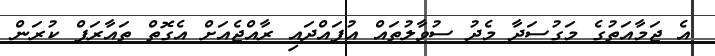
އެ ޖަމާއަތުގެ މަގުސަދާ މެދު ސުވާލުތައް އުފައްދައި ރާއްޖެއަށް އެގޮތް ތައާރަފް ކުރަން